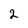
Character: 2